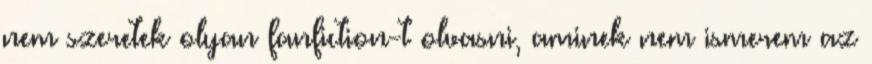
nem szeretek olyan fanfiction-t olvasni, aminek nem ismerem az